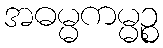
အဓမ္မကမ္မဉ္စ